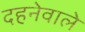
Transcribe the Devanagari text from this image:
दहनेवाले